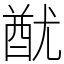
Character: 𨠫